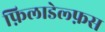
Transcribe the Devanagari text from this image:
फ़िलाडेल्फ़स